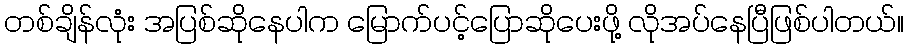
တစ်ချိန်လုံး အပြစ်ဆိုနေပါက မြောက်ပင့်ပြောဆိုပေးဖို့ လိုအပ်နေပြီဖြစ်ပါတယ်။